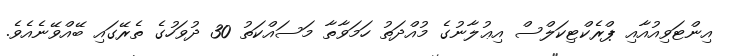
އިންޓަވިއުއާއި ޕްރެކްޓިކަލްސް އިޢުލާނުގެ މުއްދަތު ހަމަވާތާ މަސައްކަތު 30 ދުވަހުގެ ތެރޭގައި ބޭއްވޭނެއެވެ.